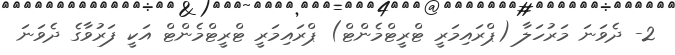
2- ދެވަނަ މަރުހަލާ (ޕްރައިމަރީ ޓްރީޓްމެންޓް) ޕްރައިމަރީ ޓްރީޓްމެންޓް އަކީ ފަރުވާގެ ދެވަނަ